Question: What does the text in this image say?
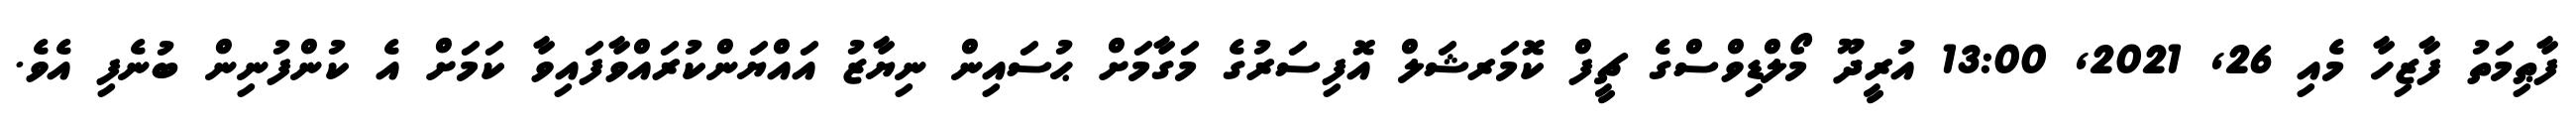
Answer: ފާޠިމަތު ފާޒިހާ މެއި 26, 2021, 13:00 އުރީދޫ މޯލްޑިވްސްގެ ޗީފް ކޮމަރޝަލް އޮފިސަރުގެ މަގާމަށް ޙުސައިން ނިޔާޒު އައްޔަންކުރައްވާފައިވާ ކަމަށް އެ ކުންފުނިން ބުނެފި އެވެ.